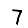
Digit: 7